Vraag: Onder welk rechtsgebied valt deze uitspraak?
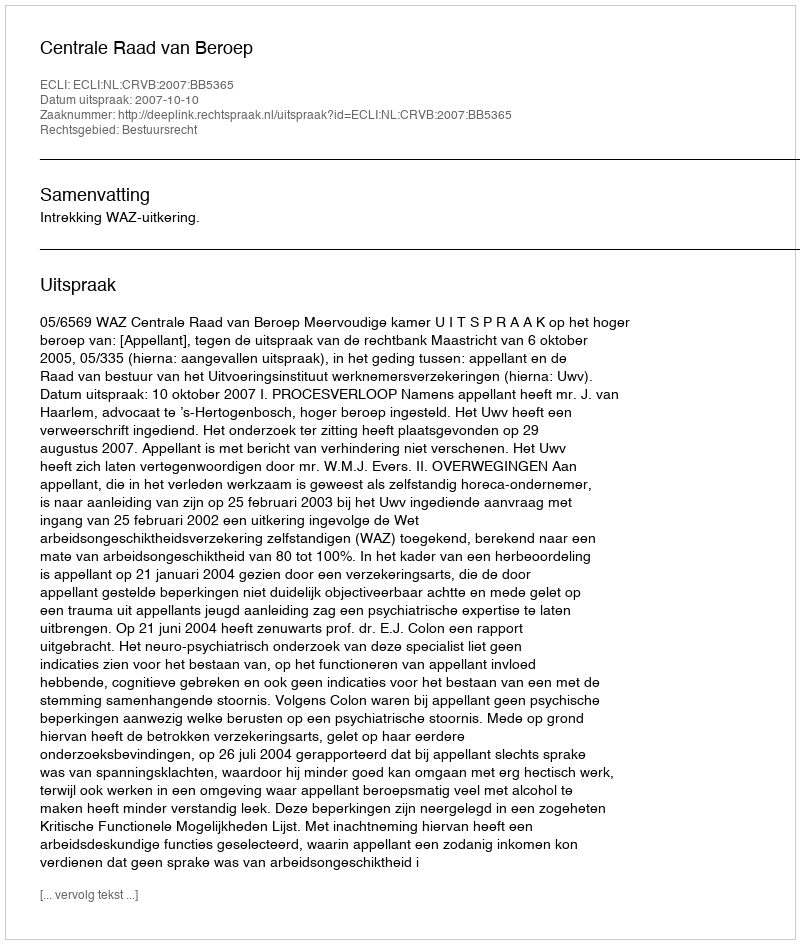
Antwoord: Bestuursrecht